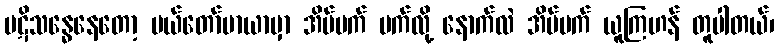
ပဋိသန္ဓေနေတော့ မယ်တော်မာယာမှာ အိပ်မက် မက်လို့ နောက်လဲ အိပ်မက် ယူကြဟန် တူပါတယ်၊